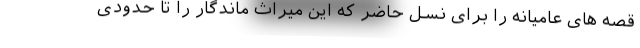
قصه های عامیانه را برای نسل حاضر که این میراث ماندگار را تا حدودی